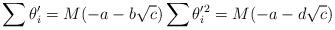
LaTeX: \begin{align*}\sum{\theta_i'} = M(-a - b\sqrt{c}) \sum{\theta_i'^2} = M(-a - d\sqrt{c}) \end{align*}